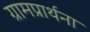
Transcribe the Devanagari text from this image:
ग्रामप्रार्थना